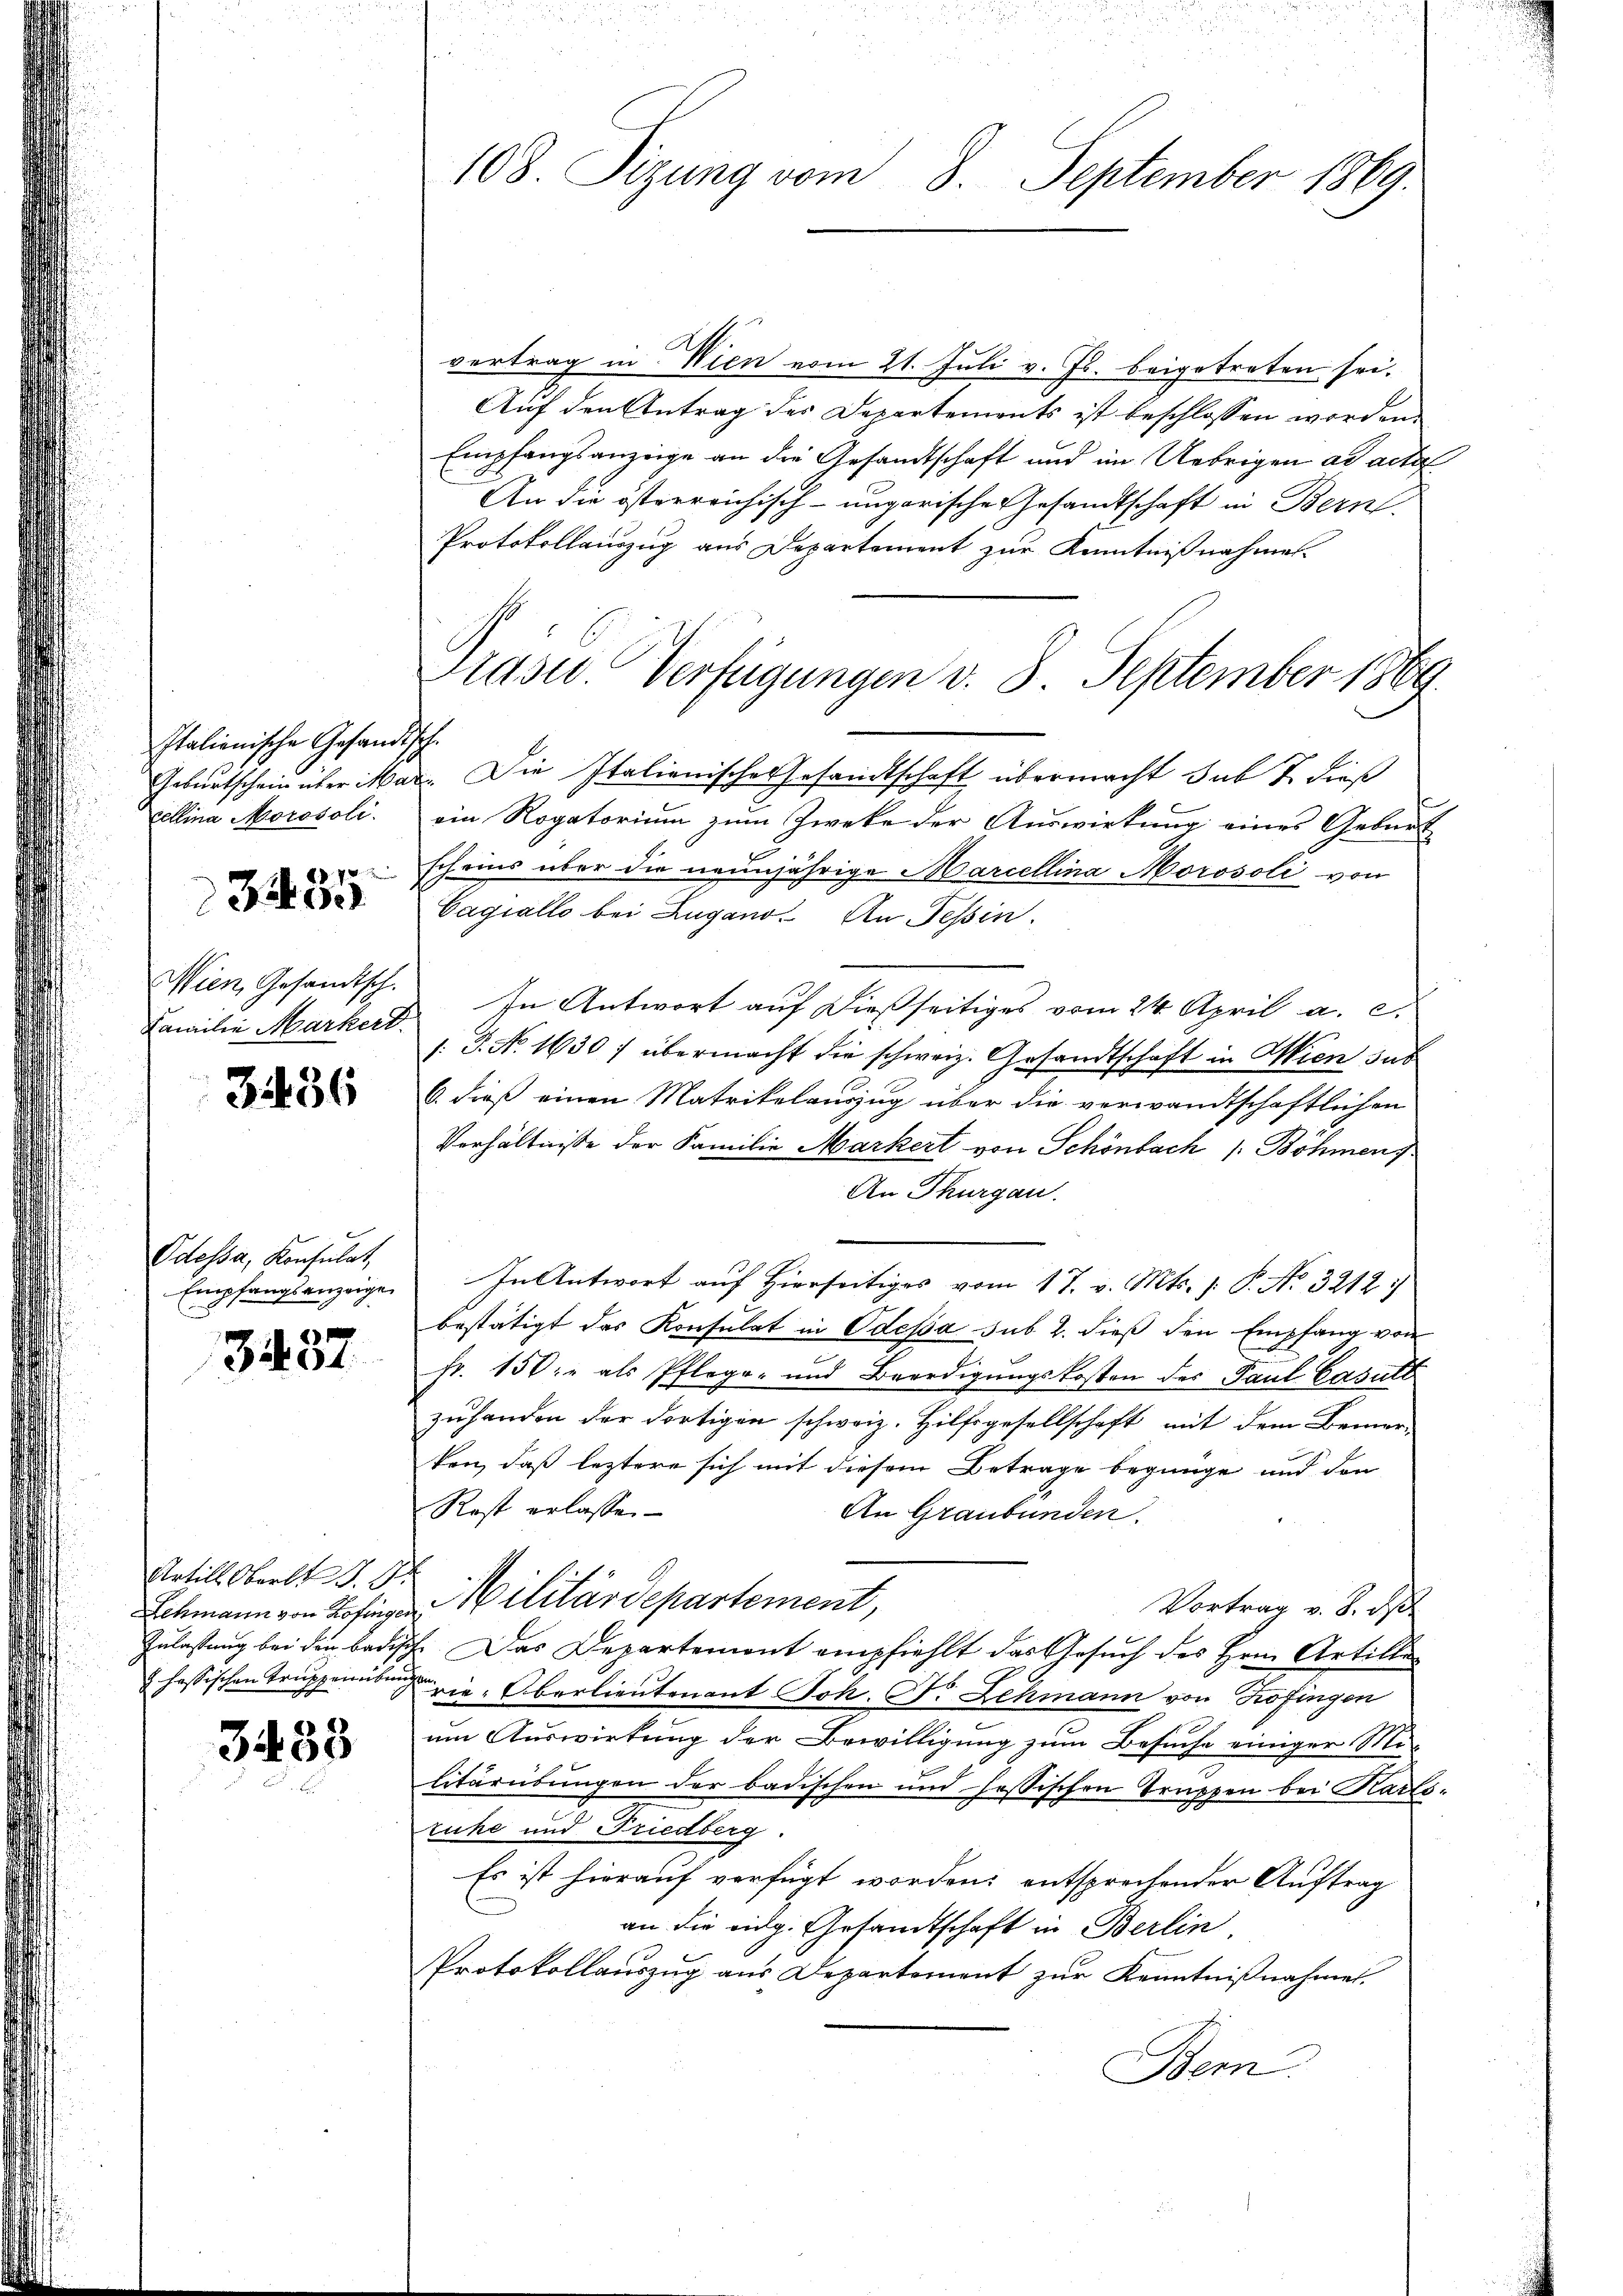
Italienische Gesandtsch.
Cellina Morosoli
 . .

30

Wien, Gesandtsch.
Familie Markert.

3436

Odessa, Konsulat,
Empfangsanzeige
.

3437

Artill Oberli d. d.
Schmann von Kofinger
Zulassung bei den Badis¬
J. hassischen Truppenübun

3438

108. Sizung vom 8. September 1869.

vertrag in Wien vom 21. Juli v. Js. beigetreten sei.
Auf den Antrag des Departements ist beschlossen worden.
Empfangsanzeige an die Gesandtschaft und im Uebrigen ad acta
An die österreichisch-ungarische Gesandtschaft in Bern
Protokollauszug aus Departement zur Kenntnißnahmes
Grasw. Verfügungen v. 3. September 1869.
Geburtschein über war. Die Italienisches Gesandtschaft übermacht sub 7. dieß
ein Rogatorium zum Zwecke der Auswirkung eines Geburt
|
scheins über die neunjährige Marcellina Morosoli von
Cagiallo bei Zugano. An Tessin.
In Antwort auf dießseitiges vom 24. April a. c.
/: P. No. 1630 / übermacht die schweiz. Gesandtschaft in Wien das
6. dieß einen Matrikelauszug über die verwandtschaftlichen
Verhältnisse der Familie Markert von Schönbach /: Böhmen
An Thurgau.
In Antwort auf Hierseitiges vom 17. v. Mts. (: P. No. 3212)
bestätigt das Konsulat in Odessa sub 2. dieß den Empfang von
Fr. 150.- als Pflego- und Beerdigungskosten der Paul Casult
zuhanden der dortigen schweiz. Hilfsgesellschaft mit dem Bemer-
ken, daß leztere sich mit diesem Betrage begnüge und den
Rost erlassen
An Graubünden.
Militärdepartement,
Vortrag v. 8. ds.
7. Das Departemont empfiehlt das Gesuch des Hrnn Artille
rie-Oberlieutenant Joh. N. Schmann von Zofingen
um Auswirkung der Bewilligung zum Besuche einiger Mi-
litäreidŭngen der badischen und fessischen Truppen bei Karls-
ruhe und Friedberg.
Es ist hierauf verfügt worden; entsprechender Auftrag
an die eidg. Gesandtschaft in Berlin
Protokollauszug aus Departement zur Kenntnißnahmen.
Bem.